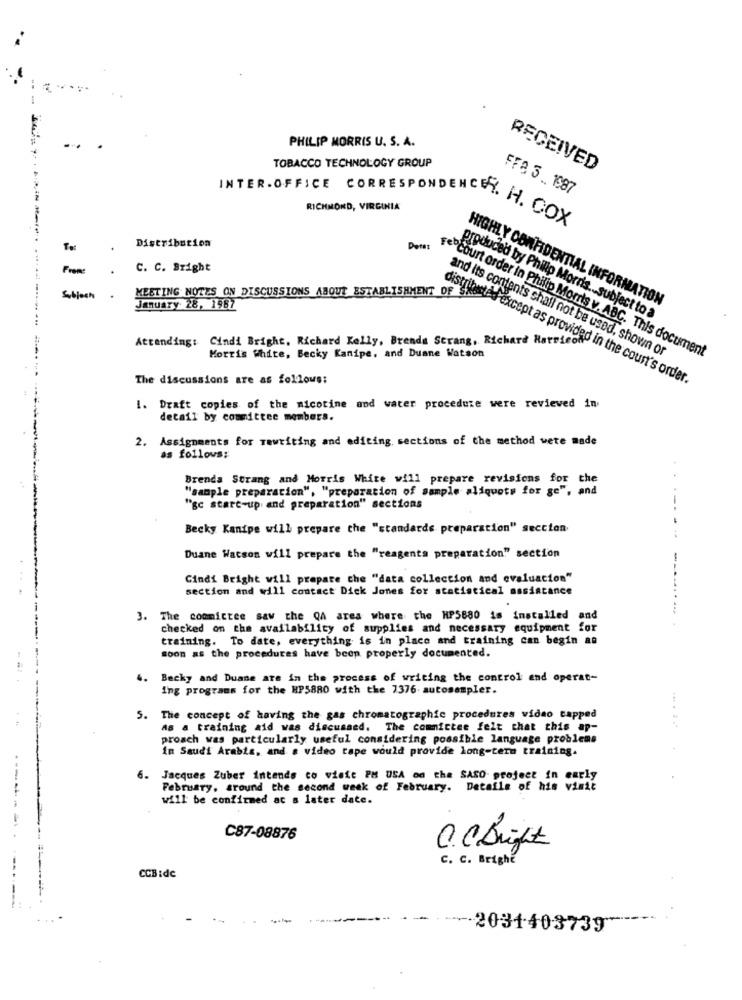
PHILIP MORRIS U. S. A.
TOBACCO TECHNOLOGY GROUP
RECEIVED
FFA 3. 1987
RICHMOND, VIRGINIA
INTER.OFFICE CORRESPONDENCET. H. COX
Distribution
C. C. Sright
MEETING NOTES ON DISCUSSIONS ABOUT ESTABLISHMENT OF ST
Subject
January 28, 1987
HIGHLY CONFIDENTIAL INFORMATION
produced by Philip Morris ... subject to a
Attending: Cindi Bright, Richard Kelly, Brenda Strang, Richard Hatricon
and its contents shall not be used, shown or
Morris White, Becky Kanipe, and Duane Watson
Febcourt order in Philip Morris v. ABC. This document
The discussions are as follows;
distributed-except as provided in the court's order.
1. Draft copies of the nicotine and water procedure were revieved in
detail by committee members.
2. Assignments for rewriting and editing sections of the method were made
as follows;
Brenda Strang and Morris White will prepare revisions for the
"sample preparation", "preparation of sample aliquots for ge", and
"gc start-up and preparation" sections
Becky Kanipe will prepare che "standards preparation" section
Duane Watson will prepare the "reagents preparation" section
--
Cindi Bright will prepare che "data collection and evaluation"
section and will contact Dick Jones for statistical assistance
.The committee saw the QA area where the HP5880 is installed
and
checked on the availability of supplies and necessary equipment for
training. To date, everything is in place and training can begin an
soon as the procedures have been properly documented.
4.
Becky and Duane are in the process of writing the control and operat-
ing programs for the HP5880 with the 7376. autosampler.
5. The concept of having the gas chromatographic procedures vidao capped
As a training aid was discussed. The committee felt that this ap-
proach was particularly useful considering possible language problems
in Saudi Arabia, and a video tape would provide long-term training.
6.
Jacques Zuber intends co viste PM USA on the SASO project in early
February, around the second week of February. Details of his visit
will be confirmed ac s later date.
C87-08876
O.C.Bright
C. C. Brighe
CCB :dc
---
-2031403739"